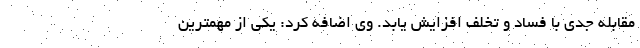
مقابله جدی با فساد و تخلف افزایش یابد. وی اضافه کرد: یکی از مهمترین